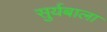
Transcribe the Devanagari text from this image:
सुर्यबाला